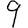
Digit: 9